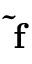
\bf \tilde { f }